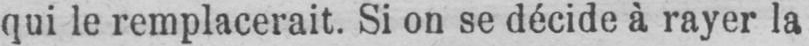
qui le remplacerait. Si on se décide à rayer la